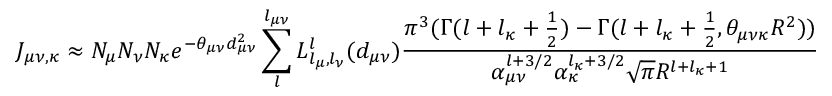
J _ { \mu \nu , \kappa } \approx N _ { \mu } N _ { \nu } N _ { \kappa } e ^ { - \theta _ { \mu \nu } d _ { \mu \nu } ^ { 2 } } \sum _ { l } ^ { l _ { \mu \nu } } L _ { l _ { \mu } , l _ { \nu } } ^ { l } ( d _ { \mu \nu } ) \frac { \pi ^ { 3 } ( \Gamma ( l + l _ { \kappa } + \frac { 1 } { 2 } ) - \Gamma ( l + l _ { \kappa } + \frac { 1 } { 2 } , \theta _ { \mu \nu \kappa } R ^ { 2 } ) ) } { \alpha _ { \mu \nu } ^ { l + 3 / 2 } \alpha _ { \kappa } ^ { l _ { \kappa } + 3 / 2 } \sqrt { \pi } R ^ { l + l _ { \kappa } + 1 } } .